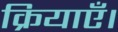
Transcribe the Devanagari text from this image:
क्रियाएँ।